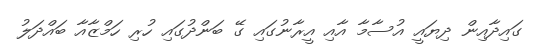
ގައިދާއިން ދިޔައީ އުސާމާ އާއި އީރާނުގައި ގޭ ބަންދުގައި ހުރި ހަމްޒާއާ ބައްދަލު